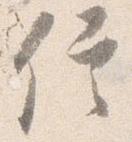
信